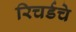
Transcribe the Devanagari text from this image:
रिचर्डचे